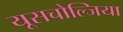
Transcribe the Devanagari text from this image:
यूसचोल्जिया